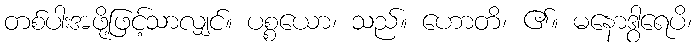
တစ်ပါးအဖို့ဖြင့်သာလျှင်။ ပစ္စယော၊ သည်။ ဟောတိ၊ ၏။ မနောဒွါရေပိ၊